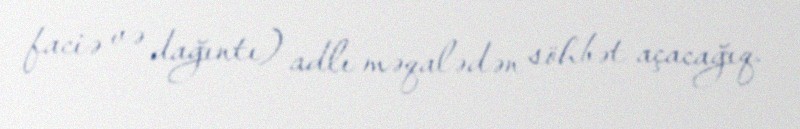
faciə və dağıntı) adlı məqalədən söhbət açacağıq.